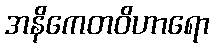
အနိကေတဝိဟာရော